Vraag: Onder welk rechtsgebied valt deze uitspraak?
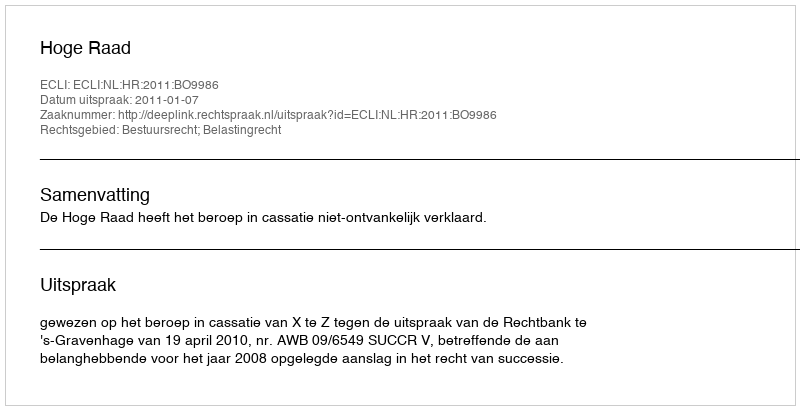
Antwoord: Bestuursrecht; Belastingrecht